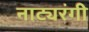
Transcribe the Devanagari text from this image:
नाट्यरंगी